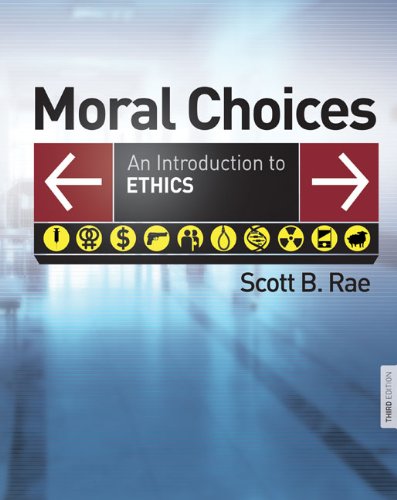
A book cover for Moral Choices: An Introduction to Ethics; Scott Rae; Christian Books & Bibles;